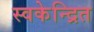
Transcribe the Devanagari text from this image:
स्वकेन्द्रित